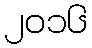
၂၀၁၆